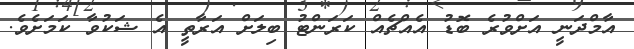
އާމްދަނީ އަށްވުރެ ބޮޑު އެއްޗެއް ކަރަންޓު ބިލަށް އަރާތީ އެ ޝަކުވާ ކަމަށެވެ.